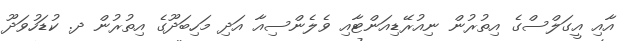
އާއި އީގަލްސްގެ އިތުރުން ނިއުރޭޑިއަންޓާއި ވެލެންސިއާ އަދި މަހިބަދޫގެ އިތުރުން ދ. ކުޑަހުވަދޫ